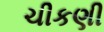
ચીકણી